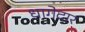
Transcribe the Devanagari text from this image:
धागेदार